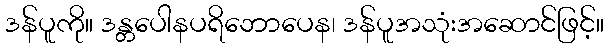
ဒန်ပူကို။ ဒန္တပေါနပရိဘောပေန၊ ဒန်ပူအသုံးအဆောင်ဖြင့်။